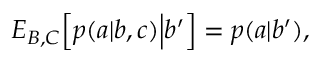
{ E } _ { B , C } \Big [ p ( a | b , c ) \Big | b ^ { \prime } \Big ] = p ( a | b ^ { \prime } ) ,